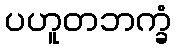
ပဟူတဘက္ခံ